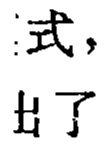
式，
出了